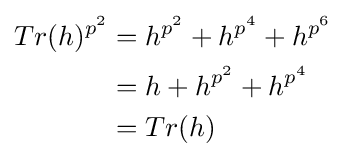
{\begin{aligned}Tr(h)^{p^{2}}&=h^{p^{2}}+h^{p^{4}}+h^{p^{6}}\\&=h+h^{p^{2}}+h^{p^{4}}\\&=Tr(h)\end{aligned}}